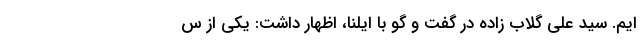
ایم. سید علی گلاب زاده در گفت و گو با ایلنا، اظهار داشت: یکی از س